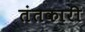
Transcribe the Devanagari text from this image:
तंतकारी